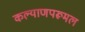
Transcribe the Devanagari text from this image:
कल्याणपरूमल